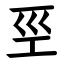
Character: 巠